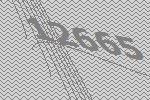
12665